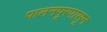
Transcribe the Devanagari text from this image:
पालनपूरपासून